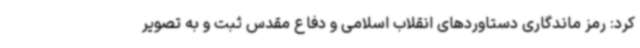
کرد: رمز ماندگاری دستاوردهای انقلاب اسلامی و دفاع مقدس ثبت و به تصویر